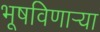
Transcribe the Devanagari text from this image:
भूषविणार्‍या